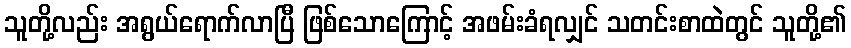
သူတို့လည်း အရွယ်ရောက်လာပြီ ဖြစ်သောကြောင့် အဖမ်းခံရလျှင် သတင်းစာထဲတွင် သူတို့၏